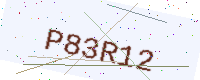
Text: P83R12